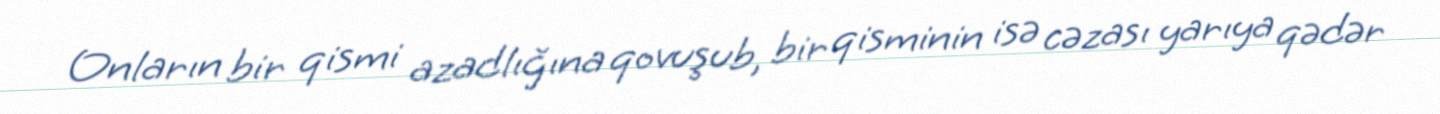
Onların bir qismi azadlığına qovuşub, bir qisminin isə cəzası yarıya qədər